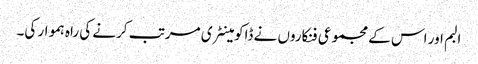
البم اور اس کے مجموعی فنکاروں نے ڈاکومینٹری مرتب کرنے کی راہ ہموار کی۔